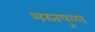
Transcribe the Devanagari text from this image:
भरतपुळा